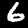
Digit: 6